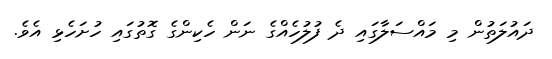
ދައުލަތުން މި މައްސަލާގައި ދެ ފުލުހެއްގެ ނަން ހެކިންގެ ގޮތުގައި ހުށަހެޅި އެވެ.